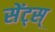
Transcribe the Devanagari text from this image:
सेंट्स्